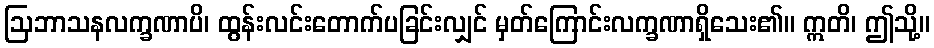
ဩဘာသနလက္ခဏာပိ၊ ထွန်းလင်းတောက်ပခြင်းလျှင် မှတ်ကြောင်းလက္ခဏာရှိသေး၏။ ဣတိ၊ ဤသို့။